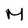
Character: M